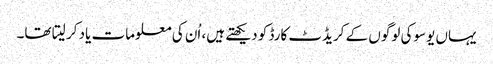
یہاں یوسوکی لوگوں کے کریڈٹ کارڈ کو دیکھتے ہیں، اُن کی معلومات یاد کر لیتا تھا۔